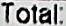
TOTAL: